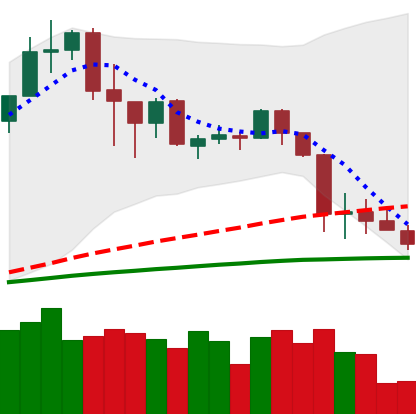
Ticker: ADA-USD
Chart end date: 2020-03-01
Forward return: 12.009%
Label: up_7plus